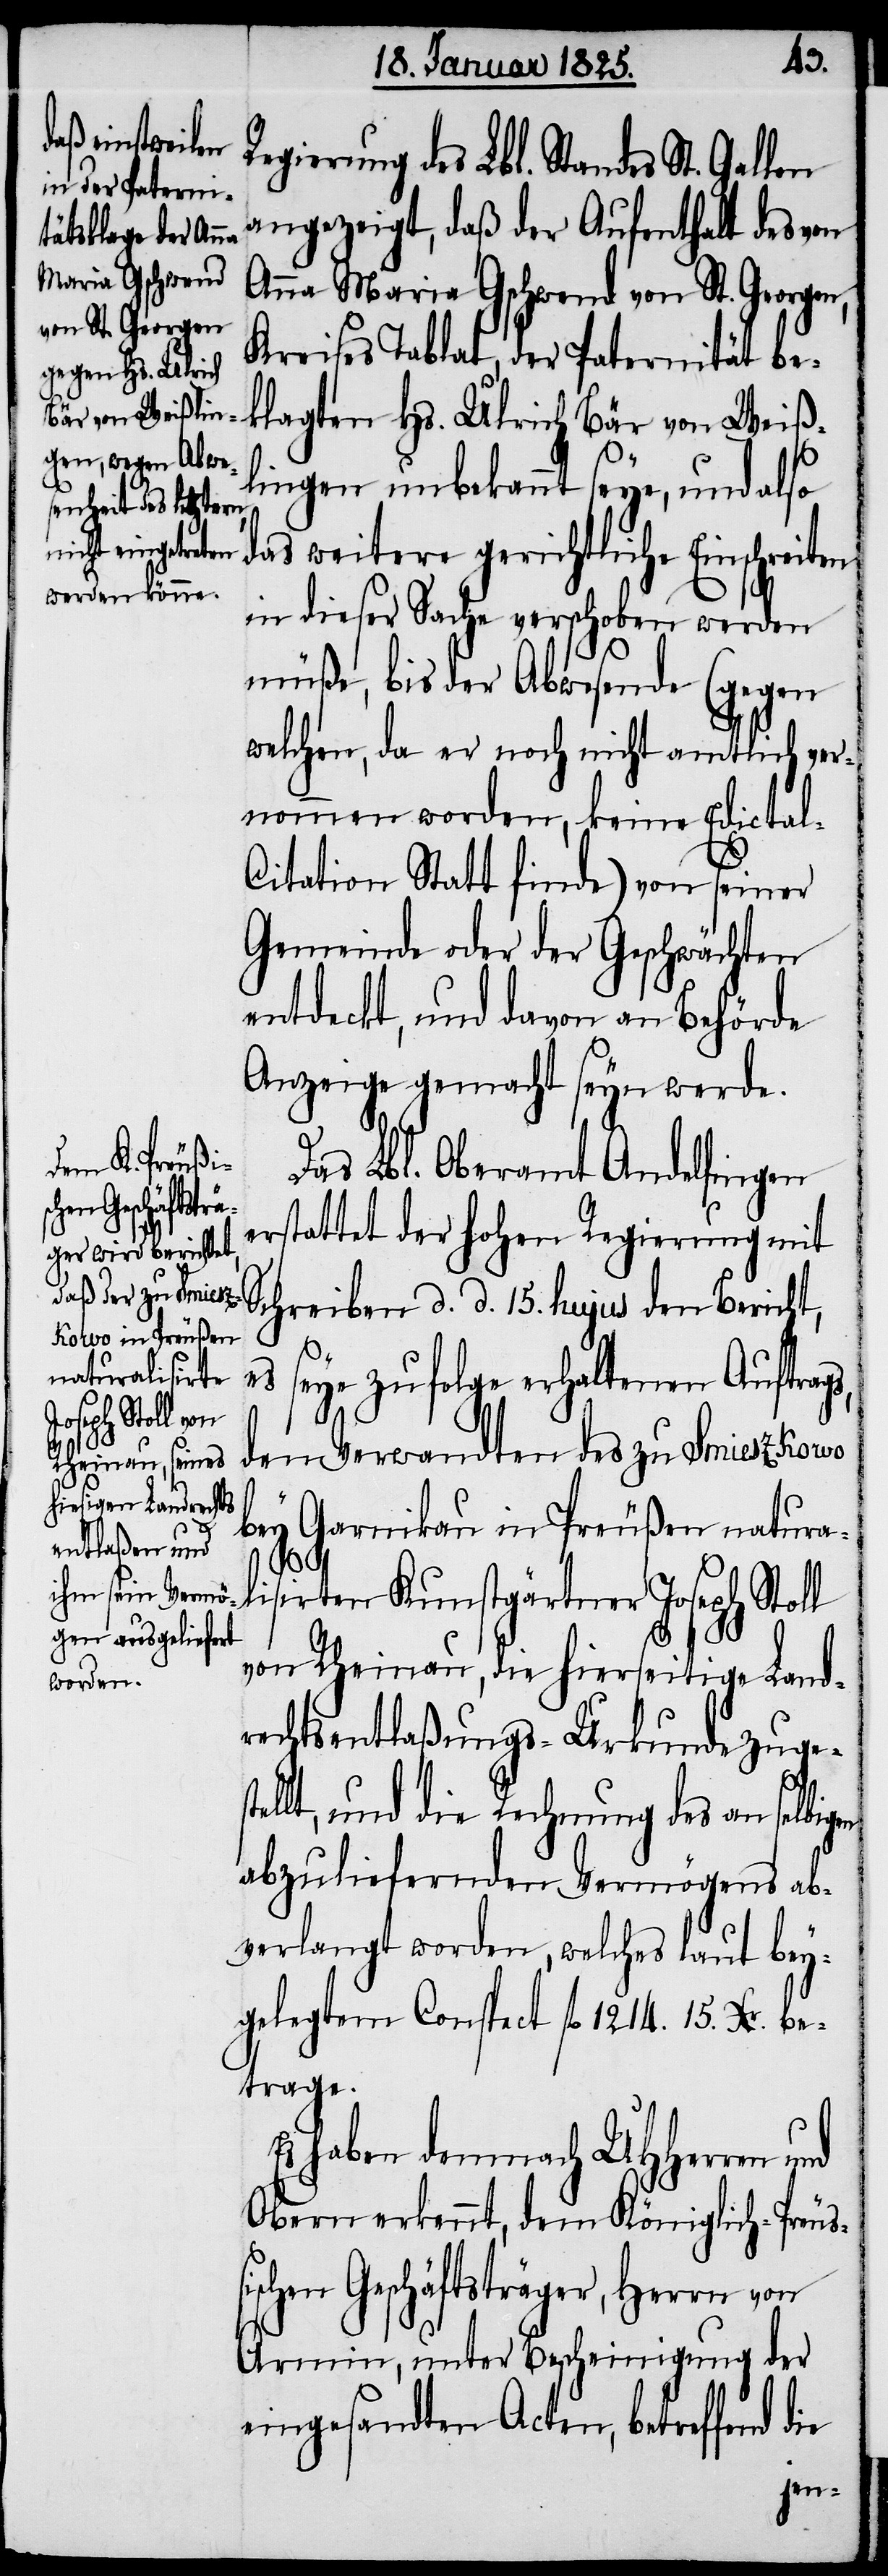
einen Bericht und

Regierung des Lbl. Standes St. Gallen
angezeigt, daß der Aufenthalt des von
Anna Maria Gschwend von St. Georgen,
Kreises Tablat, der Paternität be¬
klagten Hs. Ulrich Bär von Weiß¬
lingen unbekannt seye, und also
das weitere gerichtliche Einschreiten
in dieser Sache verschoben werden
müße, bis der Abwesende (gegen
welchen, da er noch nicht amtlich ver¬
nommen worden, keine Edicta¬
itation Statt finde) von seiner
Gemeinde oder der Geschwächten
entdeckt, und davon an Behörde
Anzeige gemacht seyn werde.
Das Lbl. Oberamt Andelfingen
erstattet der hohen Regierung mit
Schreiben d. d. 15. hujus den Bericht,
es seye zufolge erhaltenen Auftrags,
den Verwandten des zu Smiesz Korvo
bey Garnikau in Preußen natural¬
ßisc¬
isirten Kunstgärtner Joseph Stoll
von Rheinau, die hierseitige Land¬
rechtsentlaßungs-Urkunde zuge¬
t, und die Rechnung des an selbi¬
abzuliefernden Vermögens ab¬
verlangt worden, welches laut bey¬
gelegtem Conspect fl. 1214. 15. Xr. be¬
trage.
Es haben demnach UHHerren und
Obern erkennt, dem Königlich-Preu¬
hen Geschäftsträger, Herrn von
Armin, unter Bescheinigung der
eingesandten Acten, betreffend die
gen